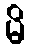
မိ